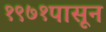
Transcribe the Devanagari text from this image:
१९७१पासून